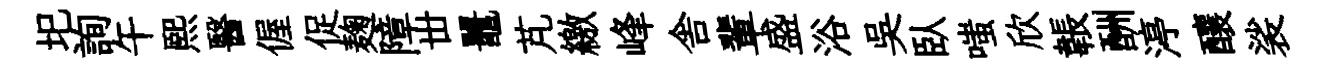
圯詢午煕醫偓促麹障丗鼉芃繳峰舎輩盛浴吳臥嗤欣韔酬渟釀裟